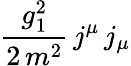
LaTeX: {\frac{g_{1}^{2}}{2\, m^{2}}}\, j^{\mu}\, j_{\mu}